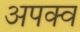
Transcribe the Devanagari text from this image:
अपक्‍व